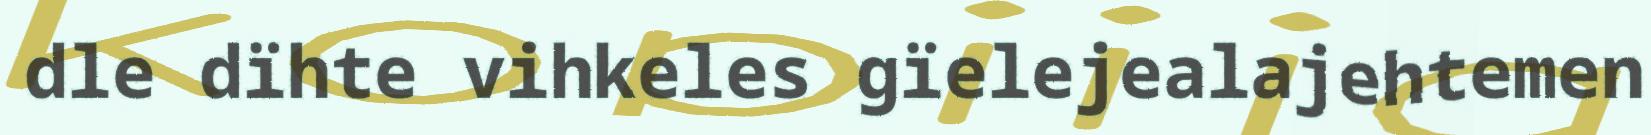
dle dïhte vihkeles gïelejealajehtemen